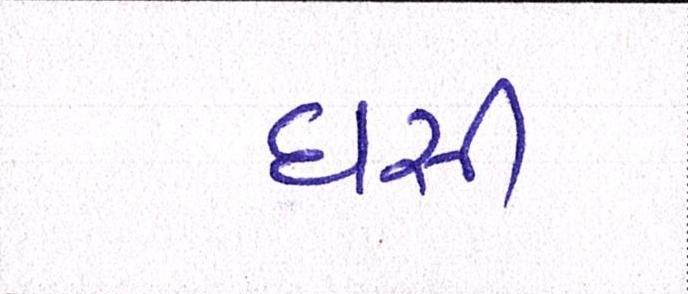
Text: ઘસી